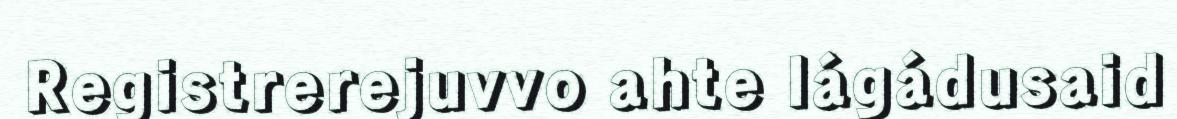
Registrerejuvvo ahte lágádusaid